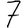
Digit: 7